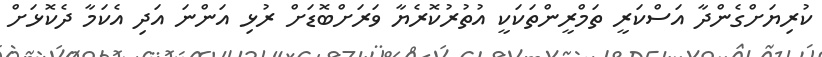
ކުރިޔަށްގެންދާ އަސްކަރީ ތަމްރީންތަކަކީ އުތުރުކޮރެޔާ ވަރަށްބޮޑަށް ރުޅި އަންނަ އަދި އެކަމާ ދެކޮޅަށް